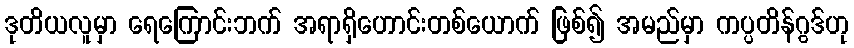
ဒုတိယလူမှာ ရေကြောင်းဘက် အရာရှိဟောင်းတစ်ယောက် ဖြစ်၍ အမည်မှာ ကပ္ပတိန်ဂွဒ်ဟု